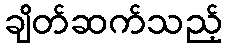
ချိတ်ဆက်သည့်